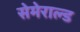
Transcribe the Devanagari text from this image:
सेमेराल्ड